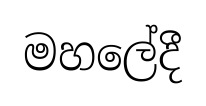
මහලේදී